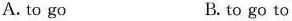
A.to go B. to go to